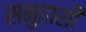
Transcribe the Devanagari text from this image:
समुहाशी